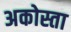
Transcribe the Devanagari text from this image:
अकोस्ता